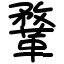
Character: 鞪